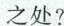
之处?